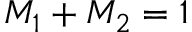
{ M _ { 1 } } + { M _ { 2 } } = 1